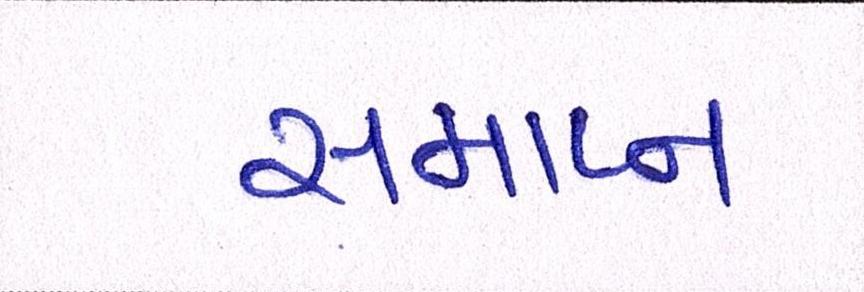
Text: સમાપ્ન